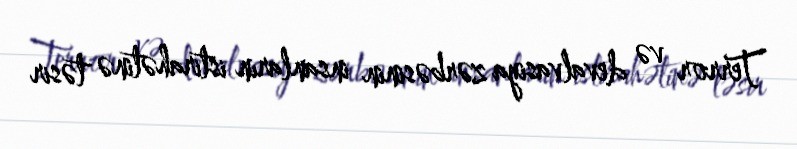
Terror və devalvasiya zərbəsinin insanların istirahətinə təsir